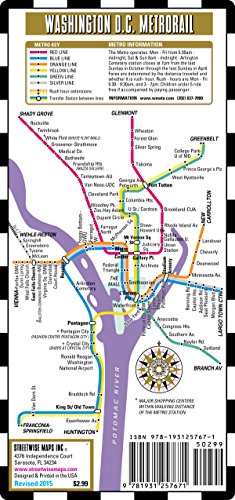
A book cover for Streetwise Washington DC Metro Map - Laminated Washington DC Metrorail & Mall Map - Pocket Size; Streetwise Maps Inc; Travel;